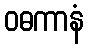
ဝဓကာနံ